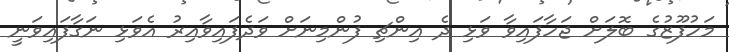
މަހުފޫޒުގެ ބޮލަށް ޖަހާފައިވާ ވަޅި ދެ އިންޗި ފުންމިނަށް ވަދެފައިވާއިރު އެވަޅި ނަގާފައިވަނީ